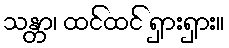
သန္တာ၊ ထင်ထင် ရှားရှား။